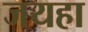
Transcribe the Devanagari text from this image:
जयहा